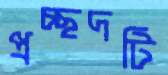
প্রচ্ছদটি